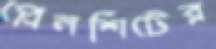
প্লেনশিটের